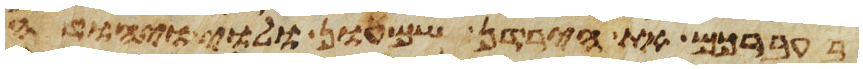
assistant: בעברכם את הירדן שמעון ולוי יהודה